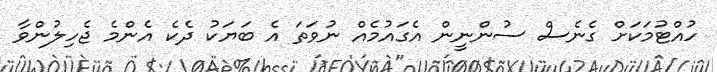
ހުއްޓުމަކަށް ގެނެސް ސުންނީން އެގައުމެއް ނުވަތަ އެ ބަޔަކު ދެކެ އެންމެ ޖެހިލުންވާ